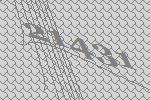
21431